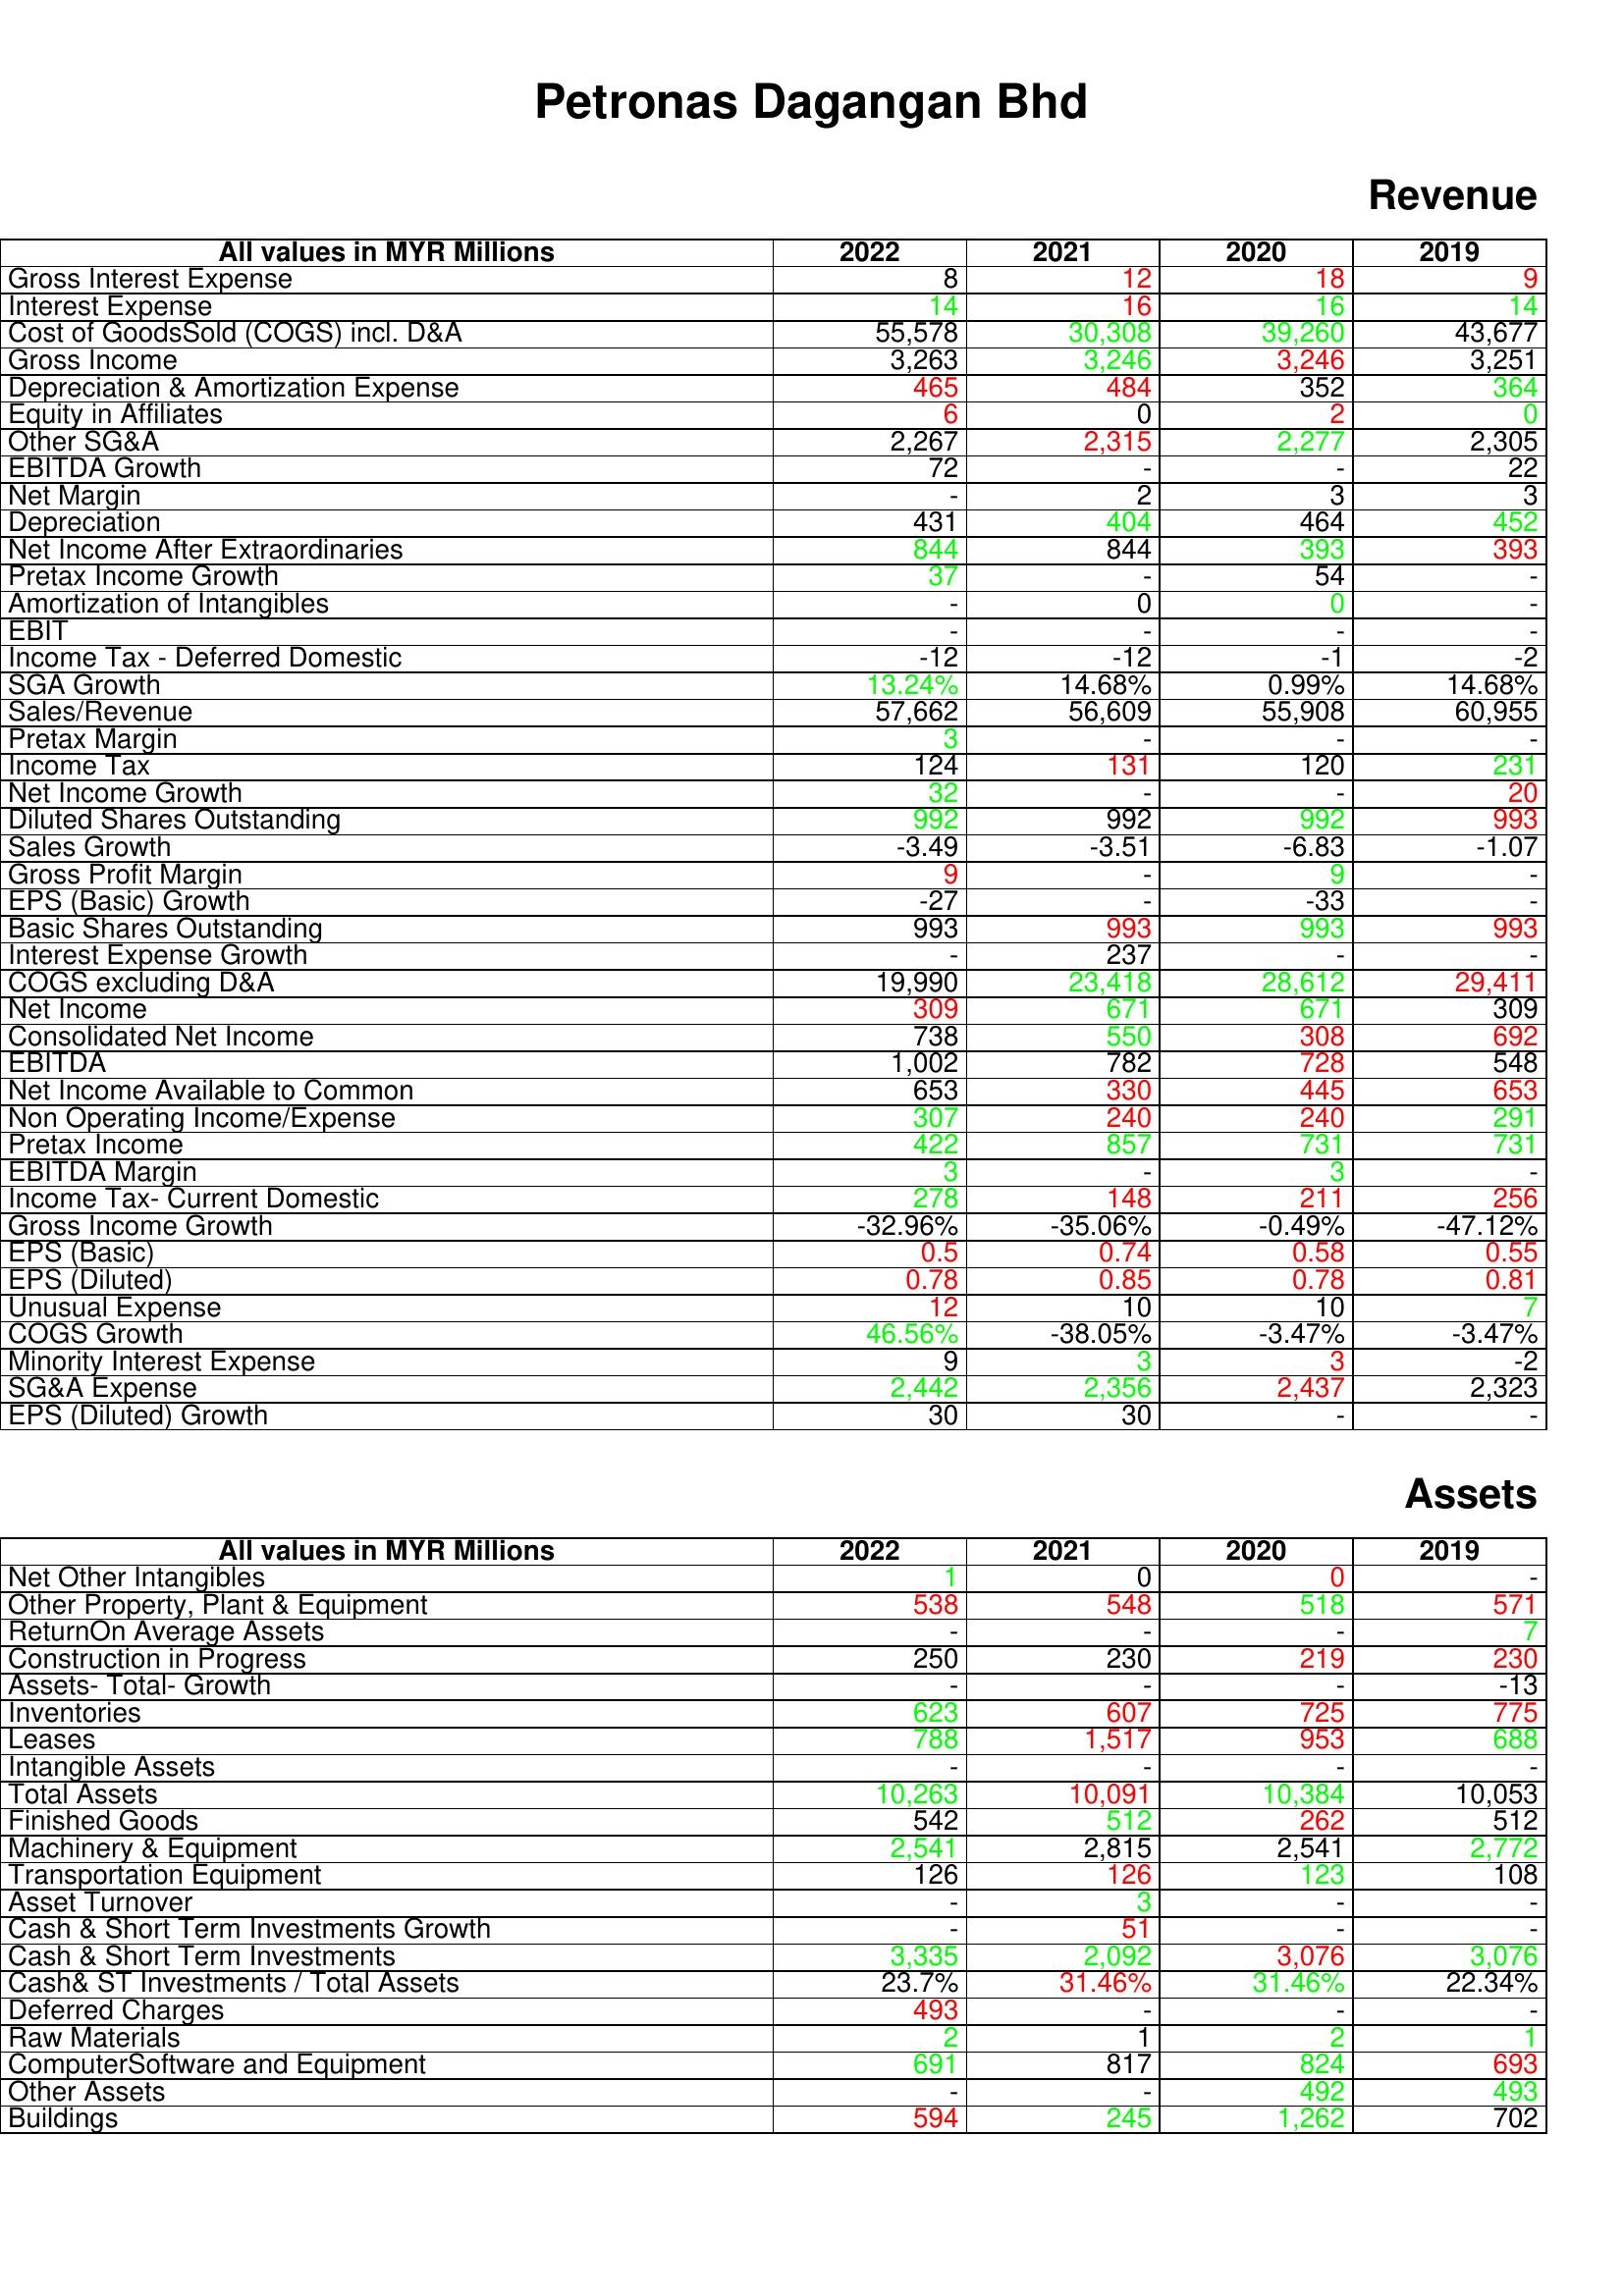
gt_parse: 2022: Revenue: Gross Interest Expense: 8
Interest Expense: 14
Cost of GoodsSold (COGS) incl. D&A: 55,578
Gross Income: 3,263
Depreciation & Amortization Expense: 465
Equity in Affiliates: 6
Other SG&A: 2,267
EBITDA Growth: 72
Net Margin: -
Depreciation: 431
Net Income After Extraordinaries: 844
Pretax Income Growth: 37
Amortization of Intangibles: -
EBIT: -
Income Tax - Deferred Domestic: -12
SGA Growth: 13.24%
Sales/Revenue: 57,662
Pretax Margin: 3
Income Tax: 124
Net Income Growth: 32
Diluted Shares Outstanding: 992
Sales Growth: -3.49
Gross Profit Margin: 9
EPS (Basic) Growth: -27
Basic Shares Outstanding: 993
Interest Expense Growth: -
COGS excluding D&A: 19,990
Net Income: 309
Consolidated Net Income: 738
EBITDA: 1,002
Net Income Available to Common: 653
Non Operating Income/Expense: 307
Pretax Income: 422
EBITDA Margin: 3
Income Tax- Current Domestic: 278
Gross Income Growth: -32.96%
EPS (Basic): 0.5
EPS (Diluted): 0.78
Unusual Expense: 12
COGS Growth: 46.56%
Minority Interest Expense: 9
SG&A Expense: 2,442
EPS (Diluted) Growth: 30
Assets: Net Other Intangibles: 1
Other Property, Plant & Equipment: 538
ReturnOn Average Assets: -
Construction in Progress: 250
Assets- Total- Growth: -
Inventories: 623
Leases: 788
Intangible Assets: -
Total Assets: 10,263
Finished Goods: 542
Machinery & Equipment: 2,541
Transportation Equipment: 126
Asset Turnover: -
Cash & Short Term Investments Growth: -
Cash & Short Term Investments: 3,335
Cash& ST Investments / Total Assets: 23.7%
Deferred Charges: 493
Raw Materials: 2
ComputerSoftware and Equipment: 691
Other Assets: -
Buildings: 594
2021: Revenue: Gross Interest Expense: 12
Interest Expense: 16
Cost of GoodsSold (COGS) incl. D&A: 30,308
Gross Income: 3,246
Depreciation & Amortization Expense: 484
Equity in Affiliates: 0
Other SG&A: 2,315
EBITDA Growth: -
Net Margin: 2
Depreciation: 404
Net Income After Extraordinaries: 844
Pretax Income Growth: -
Amortization of Intangibles: 0
EBIT: -
Income Tax - Deferred Domestic: -12
SGA Growth: 14.68%
Sales/Revenue: 56,609
Pretax Margin: -
Income Tax: 131
Net Income Growth: -
Diluted Shares Outstanding: 992
Sales Growth: -3.51
Gross Profit Margin: -
EPS (Basic) Growth: -
Basic Shares Outstanding: 993
Interest Expense Growth: 237
COGS excluding D&A: 23,418
Net Income: 671
Consolidated Net Income: 550
EBITDA: 782
Net Income Available to Common: 330
Non Operating Income/Expense: 240
Pretax Income: 857
EBITDA Margin: -
Income Tax- Current Domestic: 148
Gross Income Growth: -35.06%
EPS (Basic): 0.74
EPS (Diluted): 0.85
Unusual Expense: 10
COGS Growth: -38.05%
Minority Interest Expense: 3
SG&A Expense: 2,356
EPS (Diluted) Growth: 30
Assets: Net Other Intangibles: 0
Other Property, Plant & Equipment: 548
ReturnOn Average Assets: -
Construction in Progress: 230
Assets- Total- Growth: -
Inventories: 607
Leases: 1,517
Intangible Assets: -
Total Assets: 10,091
Finished Goods: 512
Machinery & Equipment: 2,815
Transportation Equipment: 126
Asset Turnover: 3
Cash & Short Term Investments Growth: 51
Cash & Short Term Investments: 2,092
Cash& ST Investments / Total Assets: 31.46%
Deferred Charges: -
Raw Materials: 1
ComputerSoftware and Equipment: 817
Other Assets: -
Buildings: 245
2020: Revenue: Gross Interest Expense: 18
Interest Expense: 16
Cost of GoodsSold (COGS) incl. D&A: 39,260
Gross Income: 3,246
Depreciation & Amortization Expense: 352
Equity in Affiliates: 2
Other SG&A: 2,277
EBITDA Growth: -
Net Margin: 3
Depreciation: 464
Net Income After Extraordinaries: 393
Pretax Income Growth: 54
Amortization of Intangibles: 0
EBIT: -
Income Tax - Deferred Domestic: -1
SGA Growth: 0.99%
Sales/Revenue: 55,908
Pretax Margin: -
Income Tax: 120
Net Income Growth: -
Diluted Shares Outstanding: 992
Sales Growth: -6.83
Gross Profit Margin: 9
EPS (Basic) Growth: -33
Basic Shares Outstanding: 993
Interest Expense Growth: -
COGS excluding D&A: 28,612
Net Income: 671
Consolidated Net Income: 308
EBITDA: 728
Net Income Available to Common: 445
Non Operating Income/Expense: 240
Pretax Income: 731
EBITDA Margin: 3
Income Tax- Current Domestic: 211
Gross Income Growth: -0.49%
EPS (Basic): 0.58
EPS (Diluted): 0.78
Unusual Expense: 10
COGS Growth: -3.47%
Minority Interest Expense: 3
SG&A Expense: 2,437
EPS (Diluted) Growth: -
Assets: Net Other Intangibles: 0
Other Property, Plant & Equipment: 518
ReturnOn Average Assets: -
Construction in Progress: 219
Assets- Total- Growth: -
Inventories: 725
Leases: 953
Intangible Assets: -
Total Assets: 10,384
Finished Goods: 262
Machinery & Equipment: 2,541
Transportation Equipment: 123
Asset Turnover: -
Cash & Short Term Investments Growth: -
Cash & Short Term Investments: 3,076
Cash& ST Investments / Total Assets: 31.46%
Deferred Charges: -
Raw Materials: 2
ComputerSoftware and Equipment: 824
Other Assets: 492
Buildings: 1,262
2019: Revenue: Gross Interest Expense: 9
Interest Expense: 14
Cost of GoodsSold (COGS) incl. D&A: 43,677
Gross Income: 3,251
Depreciation & Amortization Expense: 364
Equity in Affiliates: 0
Other SG&A: 2,305
EBITDA Growth: 22
Net Margin: 3
Depreciation: 452
Net Income After Extraordinaries: 393
Pretax Income Growth: -
Amortization of Intangibles: -
EBIT: -
Income Tax - Deferred Domestic: -2
SGA Growth: 14.68%
Sales/Revenue: 60,955
Pretax Margin: -
Income Tax: 231
Net Income Growth: 20
Diluted Shares Outstanding: 993
Sales Growth: -1.07
Gross Profit Margin: -
EPS (Basic) Growth: -
Basic Shares Outstanding: 993
Interest Expense Growth: -
COGS excluding D&A: 29,411
Net Income: 309
Consolidated Net Income: 692
EBITDA: 548
Net Income Available to Common: 653
Non Operating Income/Expense: 291
Pretax Income: 731
EBITDA Margin: -
Income Tax- Current Domestic: 256
Gross Income Growth: -47.12%
EPS (Basic): 0.55
EPS (Diluted): 0.81
Unusual Expense: 7
COGS Growth: -3.47%
Minority Interest Expense: -2
SG&A Expense: 2,323
EPS (Diluted) Growth: -
Assets: Net Other Intangibles: -
Other Property, Plant & Equipment: 571
ReturnOn Average Assets: 7
Construction in Progress: 230
Assets- Total- Growth: -13
Inventories: 775
Leases: 688
Intangible Assets: -
Total Assets: 10,053
Finished Goods: 512
Machinery & Equipment: 2,772
Transportation Equipment: 108
Asset Turnover: -
Cash & Short Term Investments Growth: -
Cash & Short Term Investments: 3,076
Cash& ST Investments / Total Assets: 22.34%
Deferred Charges: -
Raw Materials: 1
ComputerSoftware and Equipment: 693
Other Assets: 493
Buildings: 702